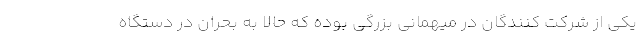
یکی از شرکت کنندگان در میهمانی بزرگی بوده که حالا به بحران در دستگاه